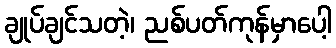
ချုပ်ချင်သတဲ့၊ ညစ်ပတ်ကုန်မှာပေါ့